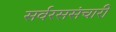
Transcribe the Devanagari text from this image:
सर्वरससंचारी